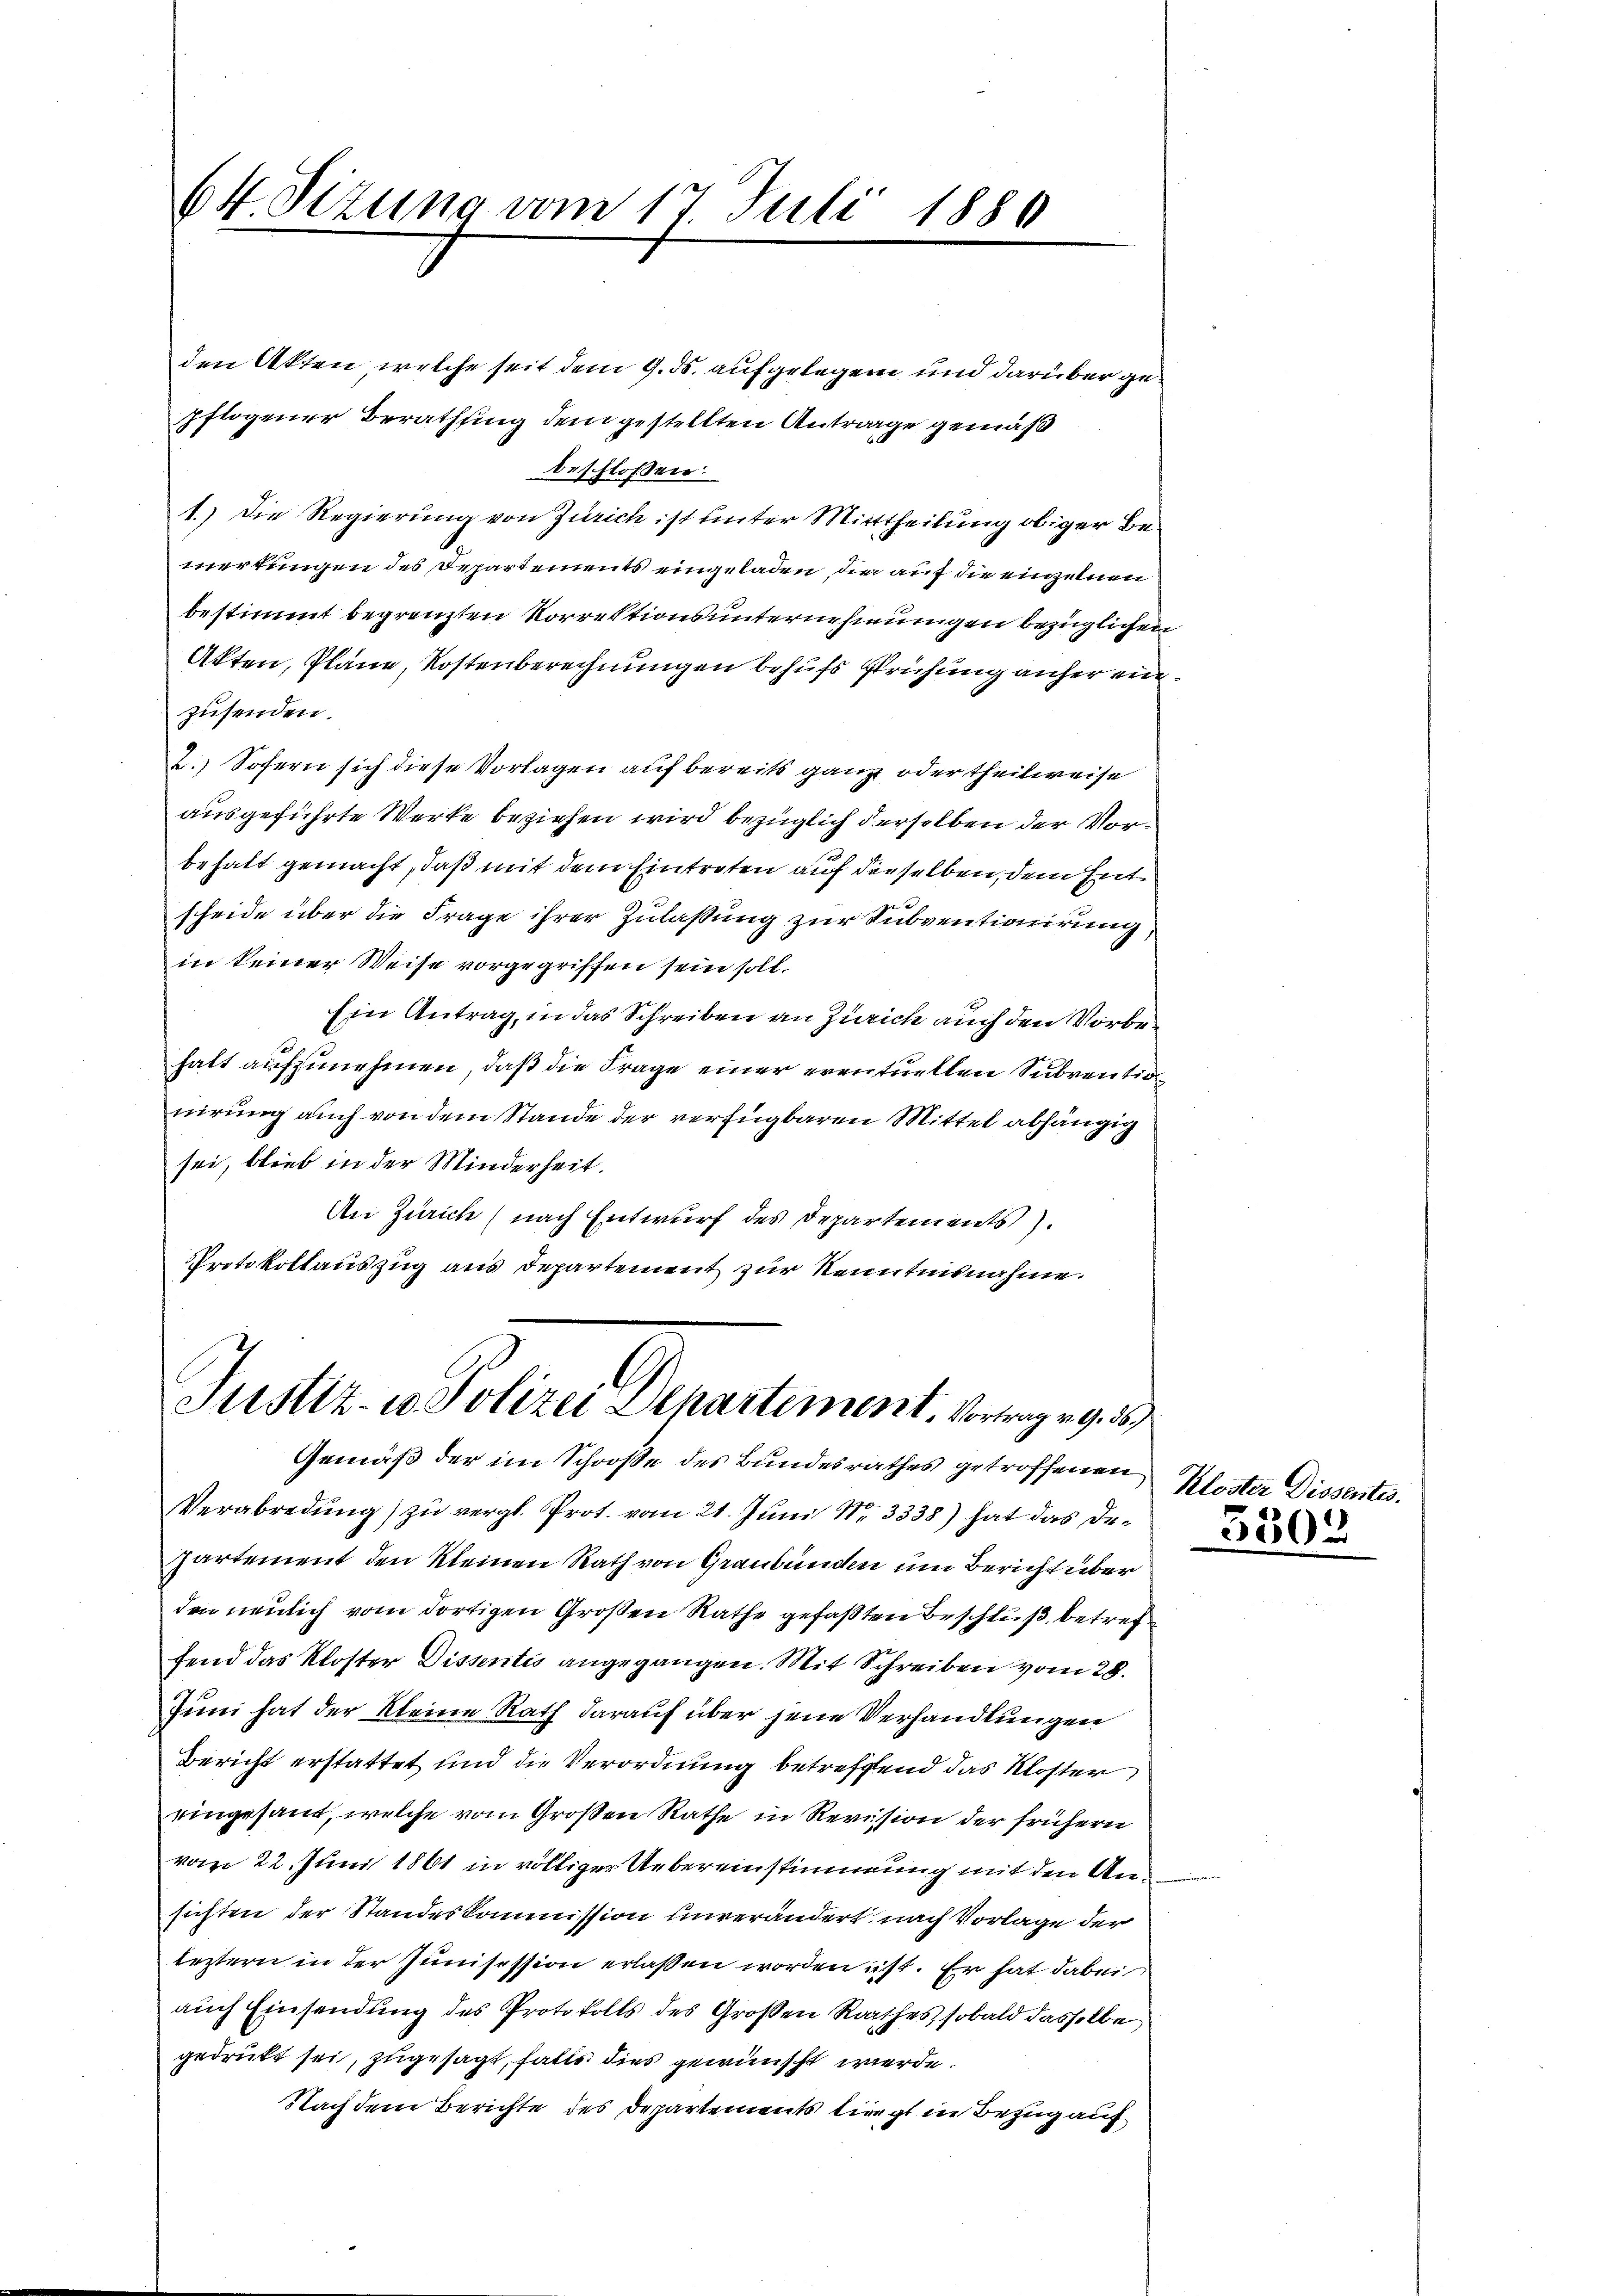
64 Sizung vom 17. Juli 1886

den Akten, welche seit dem 9. ds. aufgelegene und darüber gepflogener Berathung dem gestellten Antrage gemäß
beschlossen:
1.) Die Regierung von Zürich ist unter Mittheilung obiger Bemerkungen des Departements eingeladen, die auf die einzelnen
bestimmt begrenzten Vorrektionsunternehmungen bezüglichen
Akten, Pläne, Kostenberechnungen behufs Prüfung anher einzusenden.
2.) Sofern sich diese Vorlagen auf bereits ganz oder theilweise
ausgeführte Werke beziehen wird bezüglich derselben der Vorbehalt gemacht, daß mit dem Eintreten auf derselben, dem Entscheide über die Frage ihrer Zulassung zur Subventionirung
in keiner Weise vorgegriffen sein soll.
Ein Antrag, in das Schreiben an Zürich auch den Vorbehalt aufzunehmen, daß die Frage einer eventuellen Subvention
nirung auch von dem Stande der verfügbaren Mittel abhängig
sei, blieb in der Minderheit.
An Zürich (nach Entwurf des Departements
Protokollauszug aus Departement zur Kenntnisnahme.

A
Justiz- u. Polizei Separtement, Vortrag v. 9. 35

Gemäß der im Schooße des Bundesrathes getroffenen
Verabredung) zu vergl. Prot. vom 21. Juni Nr. 3338) hat das Departement den kleinen Rath von Graubünden um Bericht über
den neulich vom dortigen Großen Rathe gefaßten Beschluß, betref
fend das Kloster Dissentes angegangen. Mit Schreiben vom 28.
Juni hat der Kleine Rath darauf über jene Verhandlungen
Bericht erstattet und die Verordnung betreffend das Kloster
eingesant, welche vom Großen Rathe in Revision der frühern
vom 22. Juni 1861 in völliger Uebereinstimmung mit den Ansichten der Standeskommission hinverändert nach Vorlage der
leztern in der Junisession erlassen worden ist. Er hat dabei
auch Einsendung des Protokolls des Großen Rathes, sobald dasselbe
gedrukt sei, zugesagt, falls dies gewünscht werde.
Nachdem Berichte des Departements liegt in Bezug auf

Kloster Dissentes.

5302